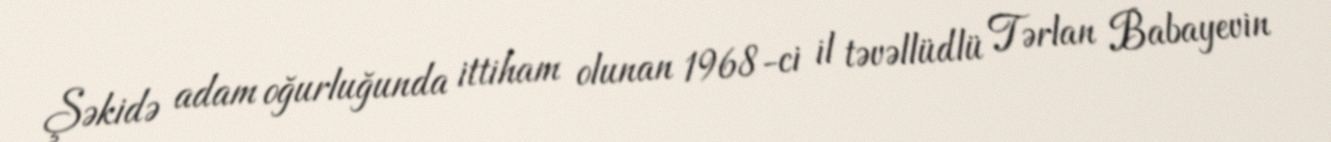
Şəkidə adam oğurluğunda ittiham olunan 1968-ci il təvəllüdlü Tərlan Babayevin